Bréfritari: Sigurður Jónsson
Viðtakandi: Jón Borgfirðings Jónsson
Dagsetning: A-1862-10-24
Skrifað á: Möðrudal  N-Múl.

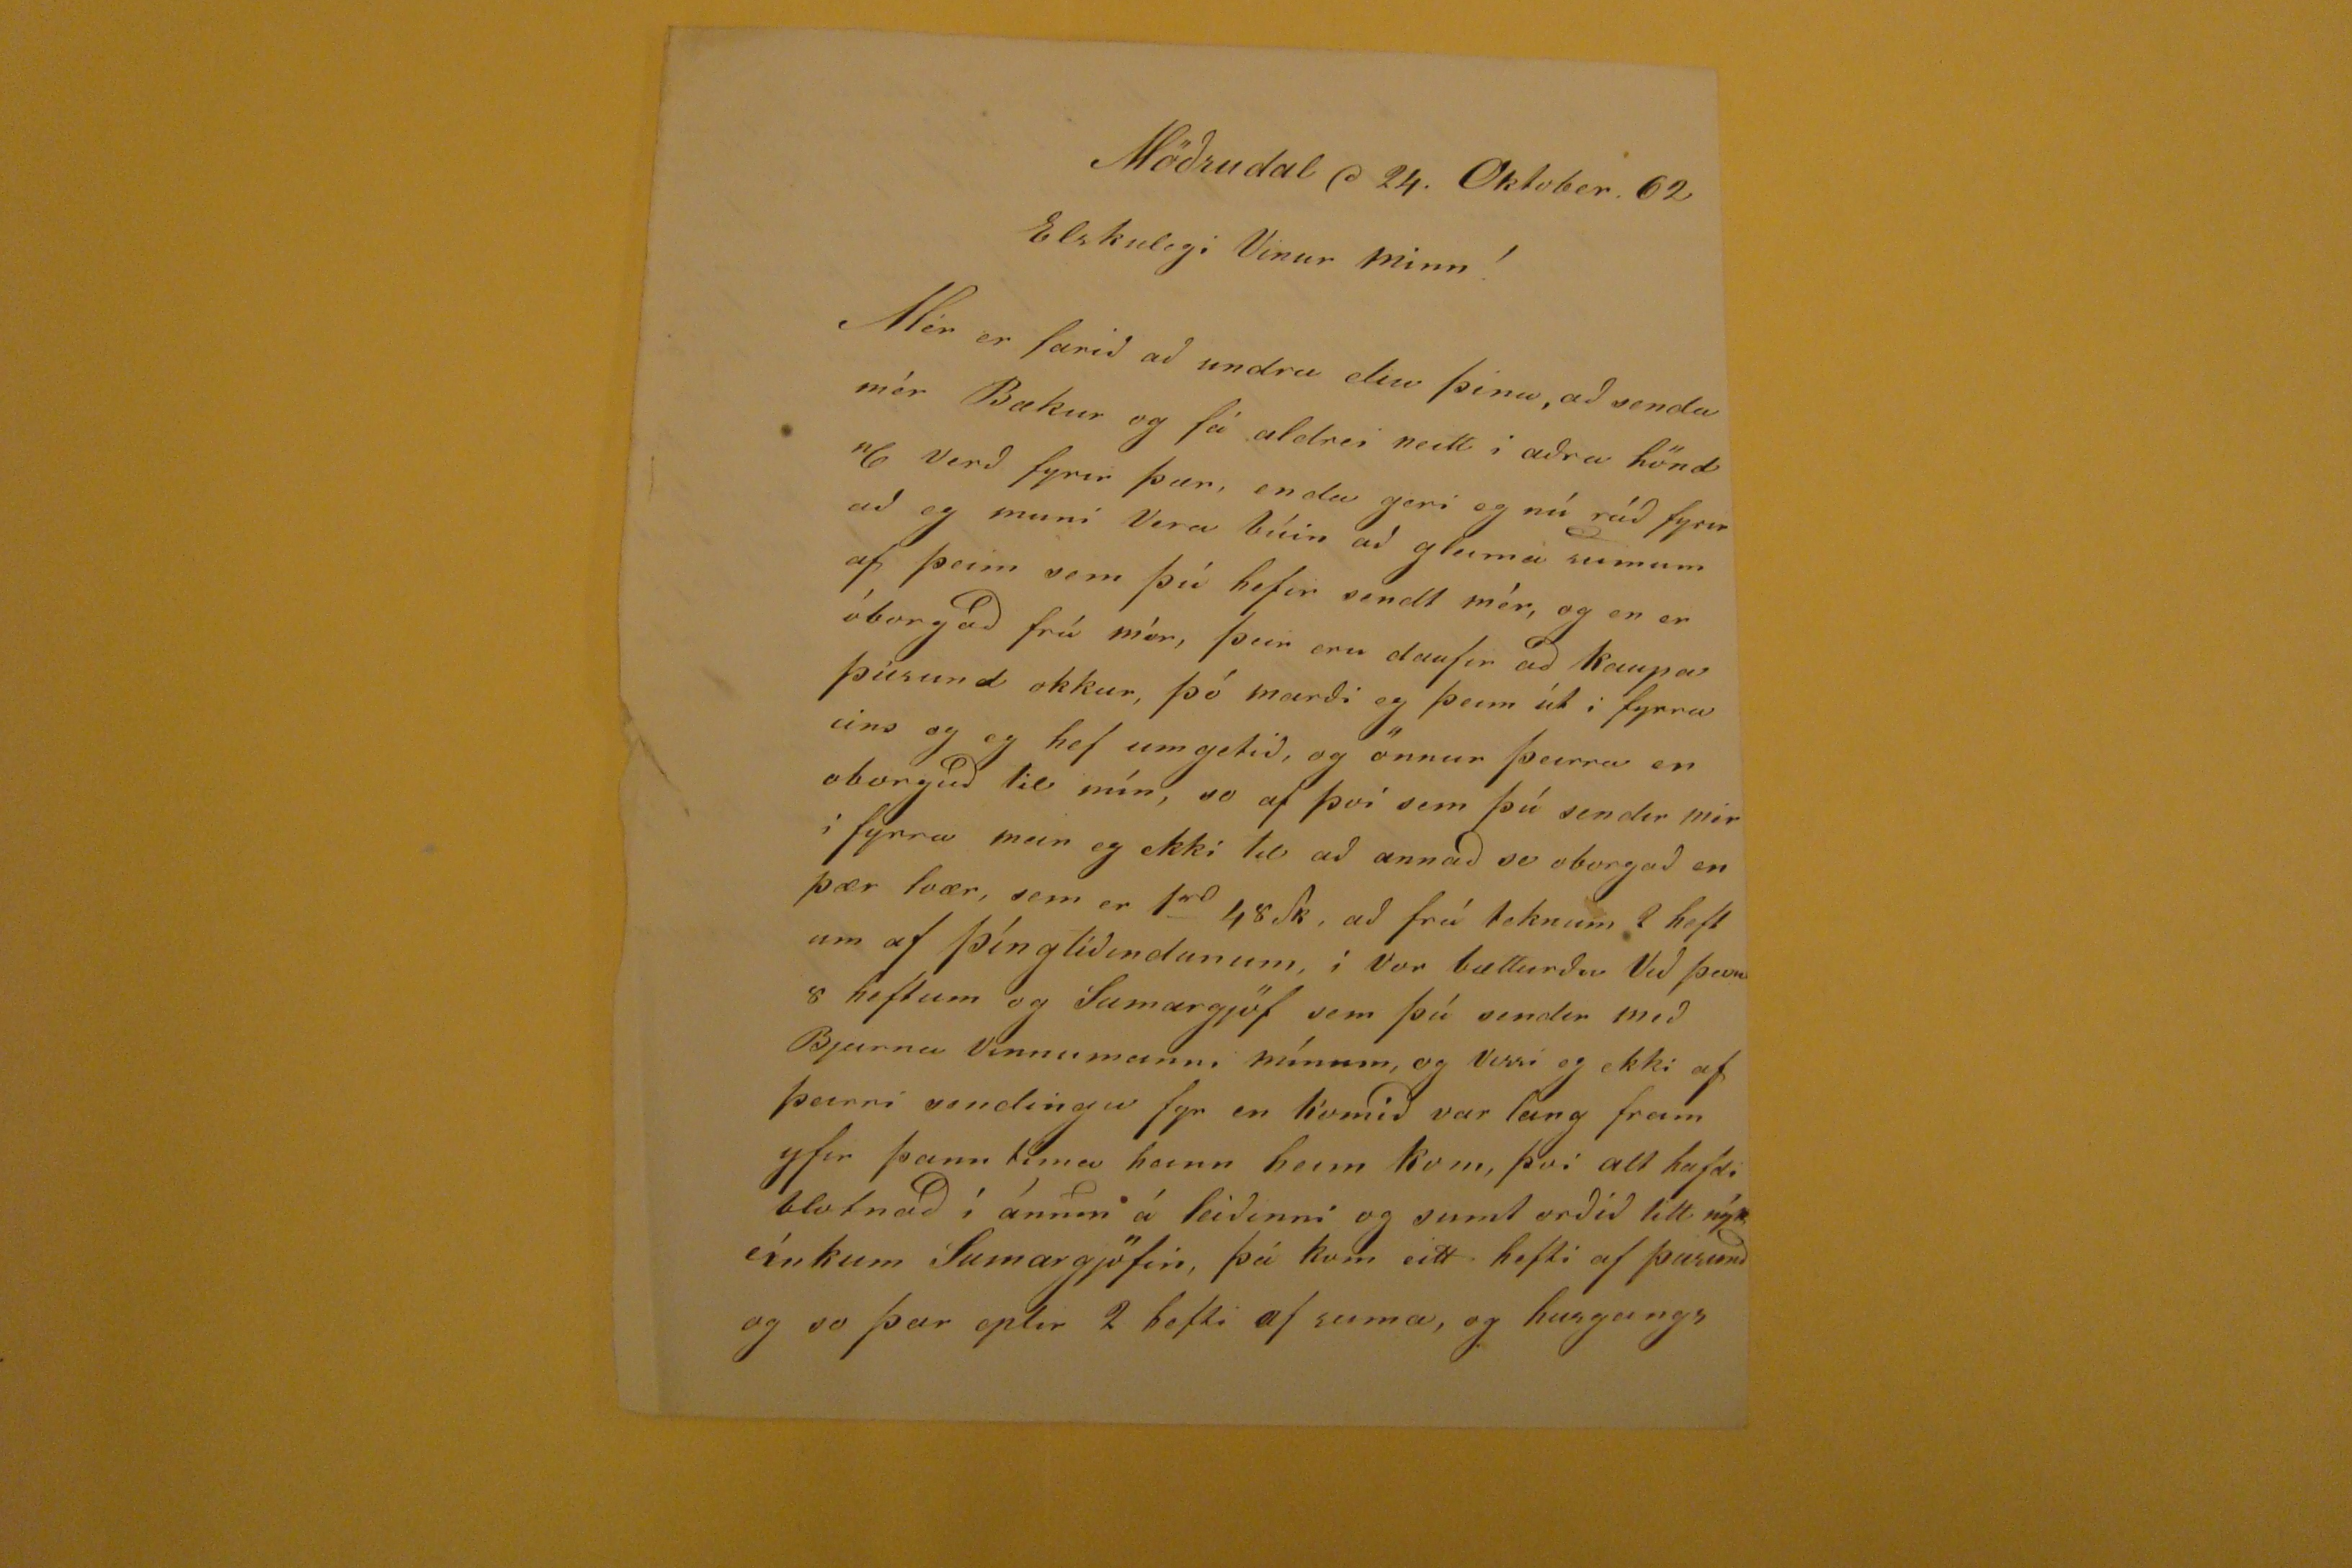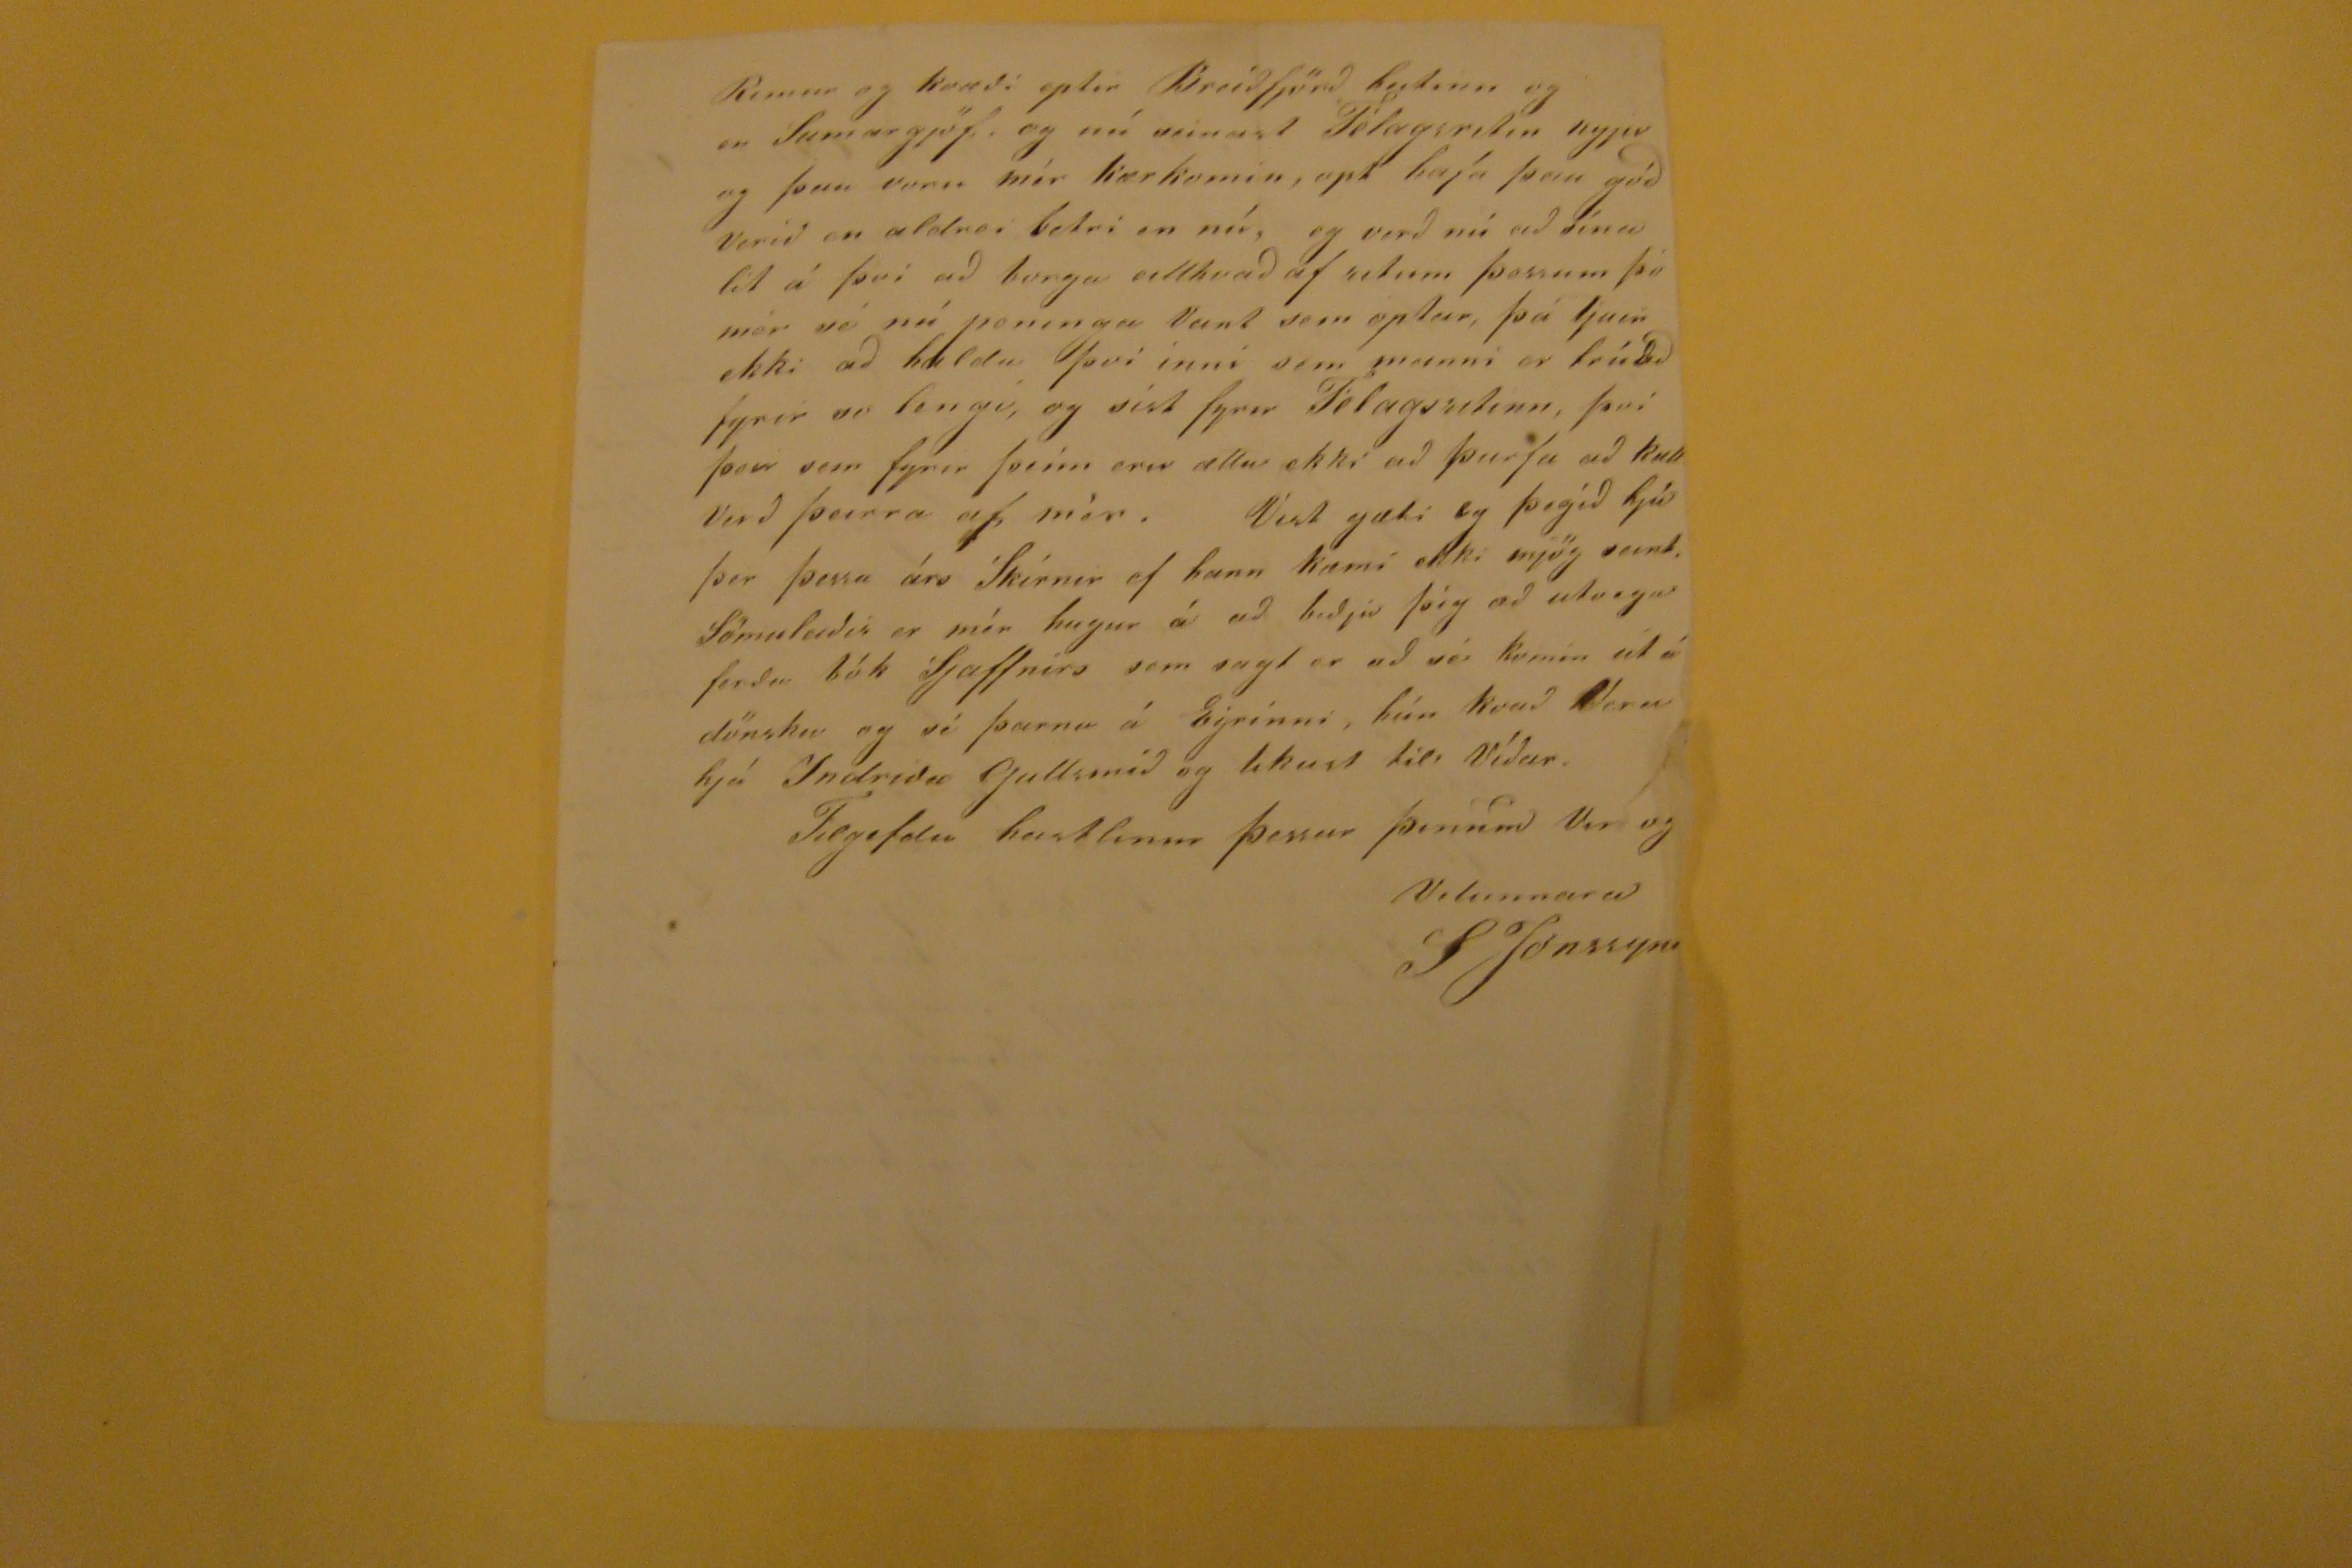

Möðrudal d 24. Oktober. 62
Elskulegi Vinur minn!
Mér er farið að undra eliu þina, að senda mér Bækur og fá aldrei neitt í aðra hönd
"6
verð fyrir þær, enda geri eg nú ráð fyrir að eg muni Vera búin að gleima sumum af þeim sem þú hefir sendt mér, og er er óborgað frá mér, þeir eru daufir að kaupa þúsund okkur, þó marði eg þeim út í fyrra eins og eg hef umgetið, og önnur þeirra en oborguð til mín, svo af því sem þú sendir mér í fyrra man eg ekki til að annað so oborgað en þær tvær, sem er 1
rd
48 sk, að frá teknum 2 heftum af þíngtíðindunum, í Vor bætturðu Við
þeim
8 heftum og Sumargjöf sem þú sendir með Bjarna vinnumanni mínum, og Vissi eg ekki af þeirri sendingu fyr en komið var lang fram yfir þann tíma hann heim kom, því alt hafdi blotnað í
ánn?
á leiðinni og sumt orðið litt nýtt eínkum Sumargjöfin, þá kom eitt hefti af þusunð og svo þar eptir 2 hefti af suma, og husgangs
Rimur og kvæði eptir Breiðfjörð heitinn og en Sumargjöf. og nú seinast Félagsritin nyjir go þau voru mér kærkomin, opt hafa þau góð Verið en aldrei betri en nú, og verð nú að sína til á því að borga eitthvað afritum þessum þó mér sé nú peninga Vant sem optar, þá tjúir ekki að halda því inni sem manni er trúað fyrir so lengi, og síst fyrir Félagsritinn, því þeir sem fyrir þeim eru ætla ekki að þurfa að kull Verð þeirra af mér. Vist gæti eg þegið hjá þer þessa árs Skírnir ef hann kæmi ekki mjög seint, Sömuleiðis er mér hugur á að biðja þig að utvega ferða bók Sjaffnirs sem sagt er að sé komin út á dönsku og sé þarna á Eyrinni, hún kvað Vera hjá Indriða Gullsmið og likust til Víðar.
Tilgefdu hastlinur þessar þeinum Vin og Velunnara
SJonssyni